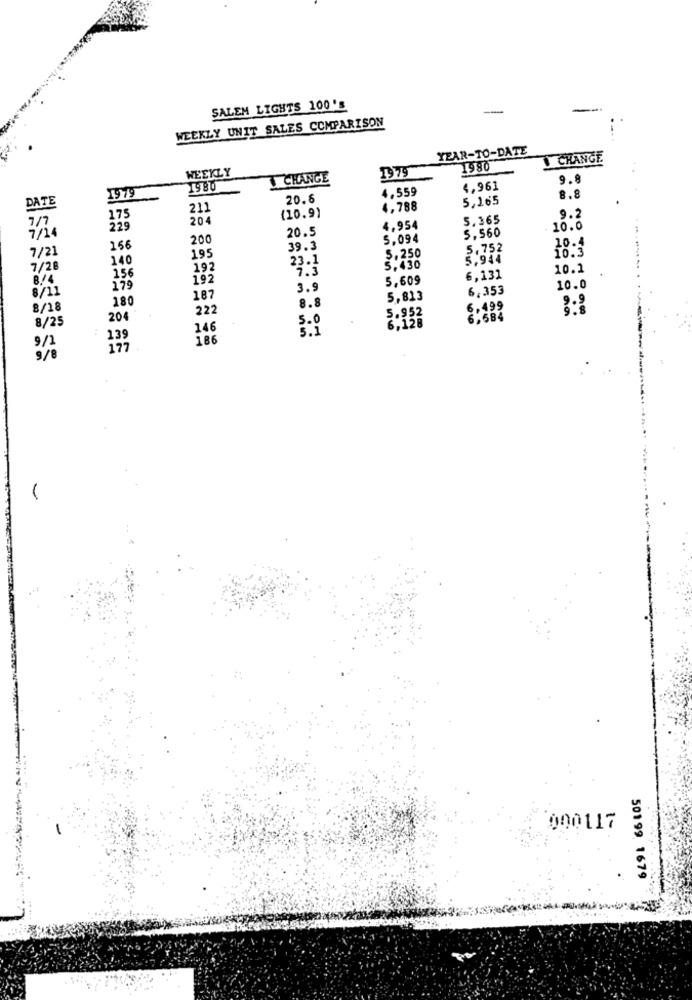
SALEM LIGHTS 100's
--
-
WEEKLY UNIT SALES COMPARISON
YEAR-TO-DATE
CHANGE
WEEKLY
1979
1980
CHANGE
9.8
1979
4,559
4,961
DATE
20.6
5,165
8.8
211
4,788
175
204
(10.9)
5,365
9.2
229
20.5
4.954
5,560
10.0
7/24
200
5,094
7/21
156
39.3
5.752
10.4
10.3
140
195
23.1
5.250
7/28
192
7.3
5,430
10.1
B/4
156
192
5,609
6,131
8/11
179
3.9
6,353
10.0
180
187
8.8
5,813
8/18
222
5.952
6.499
8/25
204
5.0
146
5.1
6,128
9/1
139
186
177
9/8
000117
50199 1679